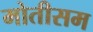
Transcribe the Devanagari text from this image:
मोतीसम